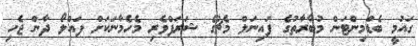
ގައުމީ ބެޑްމިންޓަން މުބާރާތުގެ ފައިނަލް މެޗުގެ ޝަރަފްވެރި މެހެމާނަކަށް ފައްލޯ ދާން ޖެހި